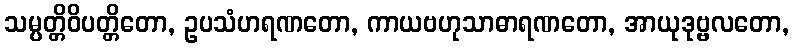
သမ္ပတ္တိဝိပတ္တိတော, ဥပသံဟရဏတော, ကာယဗဟုသာဓာရဏတော, အာယုဒုဗ္ဗလတော,